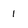
Character: 1